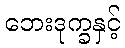
ဘေးဒုက္ခနှင့်